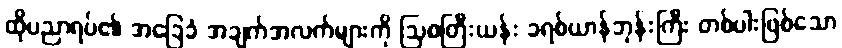
ထိုပညာရပ်၏ အခြေခံ အချက်အလက်များကို ဩစတြီးယန်း ခရစ်ယာန်ဘုန်းကြီး တစ်ပါးဖြစ်သော